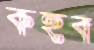
কহব